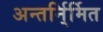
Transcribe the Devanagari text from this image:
अन्तर्नि्र्मित